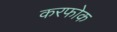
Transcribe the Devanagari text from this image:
करफोक